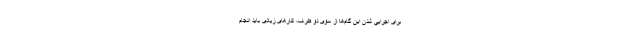
برای اجرایی شدن این گام‌ها از سوی دو طرف، کارهای زیادی باید انجام